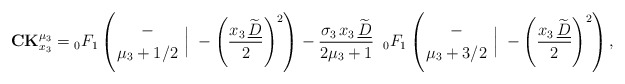
\begin{align*} \mathbf{CK}_{x_3}^{\mu_3}={}_0F_{1}\left(\genfrac{}{}{0pt}{}{-}{\mu_3+1/2}\;\Big\rvert\;-\left(\frac{x_3\,\widetilde{\underline{D}}}{2}\right)^2\right) -\frac{\sigma_3\,x_3\,\widetilde{\underline{D}}}{2\mu_3+1}\;\;{}_0F_{1}\left(\genfrac{}{}{0pt}{}{-}{\mu_3+3/2}\;\Big\rvert\;-\left(\frac{x_3\,\widetilde{\underline{D}}}{2}\right)^2\right), \end{align*}